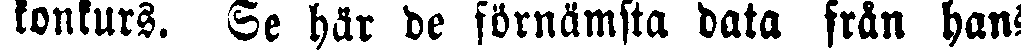
konkurs. Se här de förnämsta data från hans